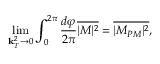
\operatorname * { l i m } _ { { { \bf k } _ { T } ^ { 2 } \to 0 } } \int _ { 0 } ^ { 2 \pi } \frac { d \varphi } { 2 \pi } \overline { { { | M | ^ { 2 } } } } = \overline { { { | M _ { P M } | ^ { 2 } } } } \mathrm { , }